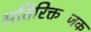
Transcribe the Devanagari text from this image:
अतिरिक्तजिंक